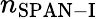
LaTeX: n_{\mathrm{SPAN-I}}